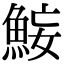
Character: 𫙜